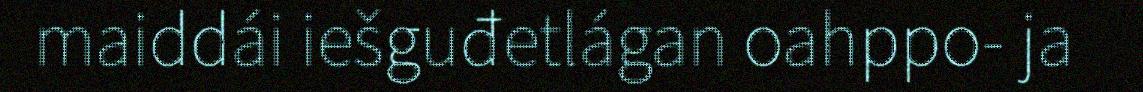
maiddái iešguđetlágan oahppo- ja